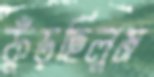
ফুঁড়ছিলুম